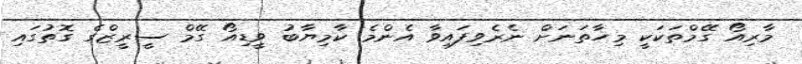
މާރިއޯ ގޭމްތަކަކީ މިހާތަނަށް ނެރެވިފައިވާ އެންމެ ކާމިޔާބު ވީޑިއޯ ގޭމް ސީރީޒްގެ ގޮތުގައި